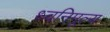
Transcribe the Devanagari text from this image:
ध्वनिमूल्य